Indian journal of veterinary science and animal husbandry - Volume 3,
Year: 1933
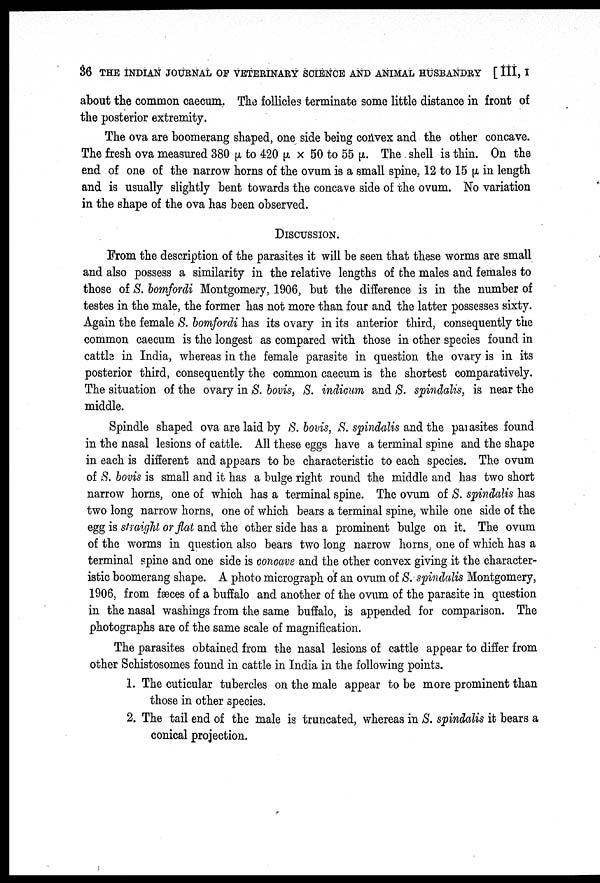
36 THE INDIAN JOURNAL OF VETERINARY SCIENCE AND ANIMAL HUSBANDRY [ III, I
about the common caecum. The follicles terminate some little distance in front of
the posterior extremity.
The ova are boomerang shaped, one side being convex and the other concave.
The fresh ova measured 380 μ to 420 μ × 50 to 55 μ. The shell is thin. On the
end of one of the narrow horns of the ovum is a small spine, 12 to 15 μ in length
and is usually slightly bent towards the concave side of the ovum. No variation
in the shape of the ova has been observed.
DISCUSSION.
From the description of the parasites it will be seen that these worms are small
and also possess a similarity in the relative lengths of the males and females to
those of S. bomfordi Montgomery, 1906, but the difference is in the number of
testes in the male, the former has not more than four and the latter possesses sixty.
Again the female S. bomfordi has its ovary in its anterior third, consequently the
common caecum is the longest as compared with those in other species found in
cattle in India, whereas in the female parasite in question the ovary is in its
posterior third, consequently the common caecum is the shortest comparatively.
The situation of the ovary in S. bovis, S. indicum and S. spindalis, is near the
middle.
Spindle shaped ova are laid by S. bovis, S. spindalis and the parasites found
in the nasal lesions of cattle. All these eggs have a terminal spine and the shape
in each is different and appears to be characteristic to each species. The ovum
of S. bovis is small and it has a bulge right round the middle and has two short
narrow horns, one of which has a terminal spine. The ovum of S. spindalis has
two long narrow horns, one of which bears a terminal spine, while one side of the
egg is straight or flat and the other side has a prominent bulge on it. The ovum
of the worms in question also bears two long narrow horns, one of which has a
terminal spine and one side is concave and the other convex giving it the character
istic boomerang shape. A photo micrograph of an ovum of S. spindalis Montgomery,
1906, from fæces of a buffalo and another of the ovum of the parasite in question
in the nasal washings from the same buffalo, is appended for comparison. The
photographs are of the same scale of magnification.
The parasites obtained from the nasal lesions of cattle appear to differ from
other Schistosomes found in cattle in India in the following points.
1. The cuticular tubercles on the male appear to be more prominent than
those in other species.
2. The tail end of the male is truncated, whereas in S. spindalis it bears a
conical projection.